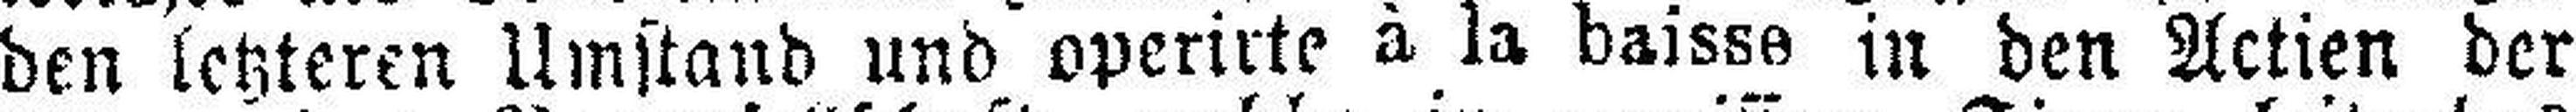
den letzteren Umstand und operirte à la baisse in den Actien der